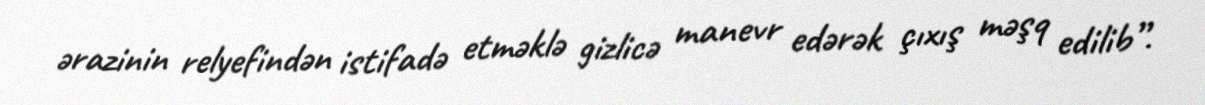
ərazinin relyefindən istifadə etməklə gizlicə manevr edərək çıxış məşq edilib”.